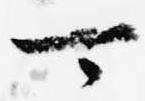
可